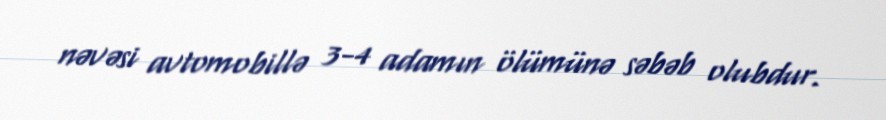
nəvəsi avtomobillə 3-4 adamın ölümünə səbəb olubdur.